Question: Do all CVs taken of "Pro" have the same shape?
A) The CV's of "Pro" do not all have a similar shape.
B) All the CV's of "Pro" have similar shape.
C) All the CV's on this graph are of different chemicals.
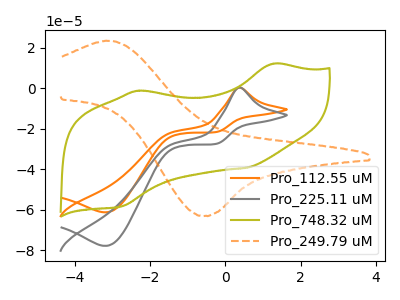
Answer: <think>The orange curve "Pro_112.55 uM" has an anodic peak at (0.35V, 0.35uA) and a cathodic peak at (-3.20V, -61.25uA). The gray curve "Pro_225.11 uM" has an anodic peak at (0.35V, 0.45uA) and a cathodic peak at (-3.20V, -77.85uA). The olive curve "Pro_748.32 uM" has anodic peaks at (1.25V, 12.20uA) (-2.30V, -1.15uA) and cathodic peaks at (0.55V, -39.20uA) (-2.75V, -58.25uA). The orange dashed curve "Pro_249.79 uM" has an anodic peak at (-3.10V, 23.50uA) and a cathodic peak at (-0.55V, -63.05uA).
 All the peaks in "Pro_112.55 uM" have a peak in "Pro_225.11 uM" at the same potential. Every peak in "Pro_112.55 uM" is lower than every peak in "Pro_225.11 uM". "Pro_112.55 uM" and "Pro_748.32 uM" have a different number of peaks. "Pro_112.55 uM" and "Pro_249.79 uM" have at least one peak that do not match. "Pro_225.11 uM" and "Pro_748.32 uM" have a different number of peaks. "Pro_225.11 uM" and "Pro_249.79 uM" have at least one peak that do not match. "Pro_748.32 uM" and "Pro_249.79 uM" have a different number of peaks.</think>
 <answer>B) All the CV's of "Pro" have similar shape.</answer>
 <eval>B</eval>